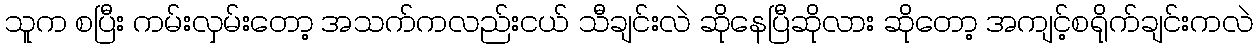
သူက စပြီး ကမ်းလှမ်းတော့ အသက်ကလည်းငယ် သီချင်းလဲ ဆိုနေပြီဆိုလား ဆိုတော့ အကျင့်စရိုက်ချင်းကလဲ